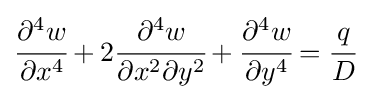
{\cfrac {\partial ^{4}w}{\partial x^{4}}}+2{\cfrac {\partial ^{4}w}{\partial x^{2}\partial y^{2}}}+{\cfrac {\partial ^{4}w}{\partial y^{4}}}={\cfrac {q}{D}}